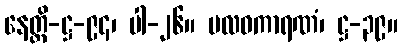
နေတ္တိ-ဋ္ဌ-၉၄၊ ပါ-၂၆။ ဗလဝကာရဏံ၊ ဋ္ဌ-၃၉။